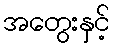
အတွေးနှင့်